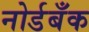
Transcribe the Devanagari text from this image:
नोर्डबँक